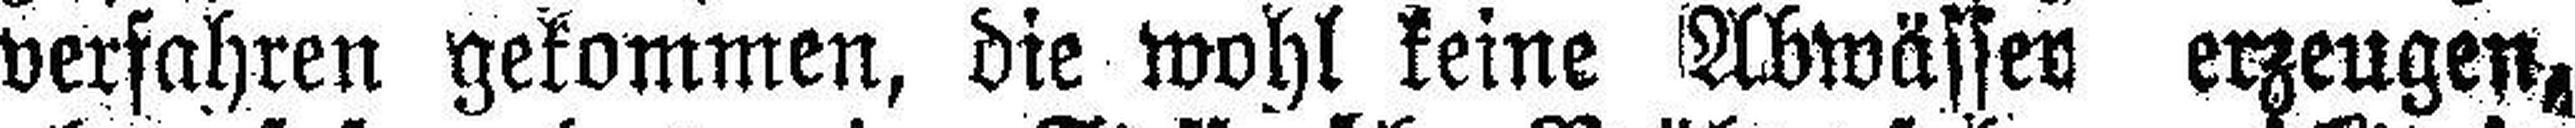
verfahren gekommen, die wohl keine Abwässer erzeugen,